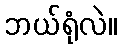
ဘယ်ရုံလဲ။